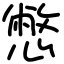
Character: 憋